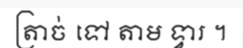
ត្រាច់ ទៅ តាម ទ្វារ ។